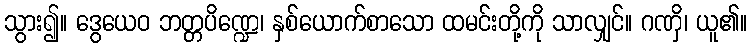
သွား၍။ ဒွေယေဝ ဘတ္တပိဏ္ဍေ၊ နှစ်ယောက်စာသော ထမင်းတို့ကို သာလျှင်။ ဂဏှိ၊ ယူ၏။